Naisuhingud, lk 76
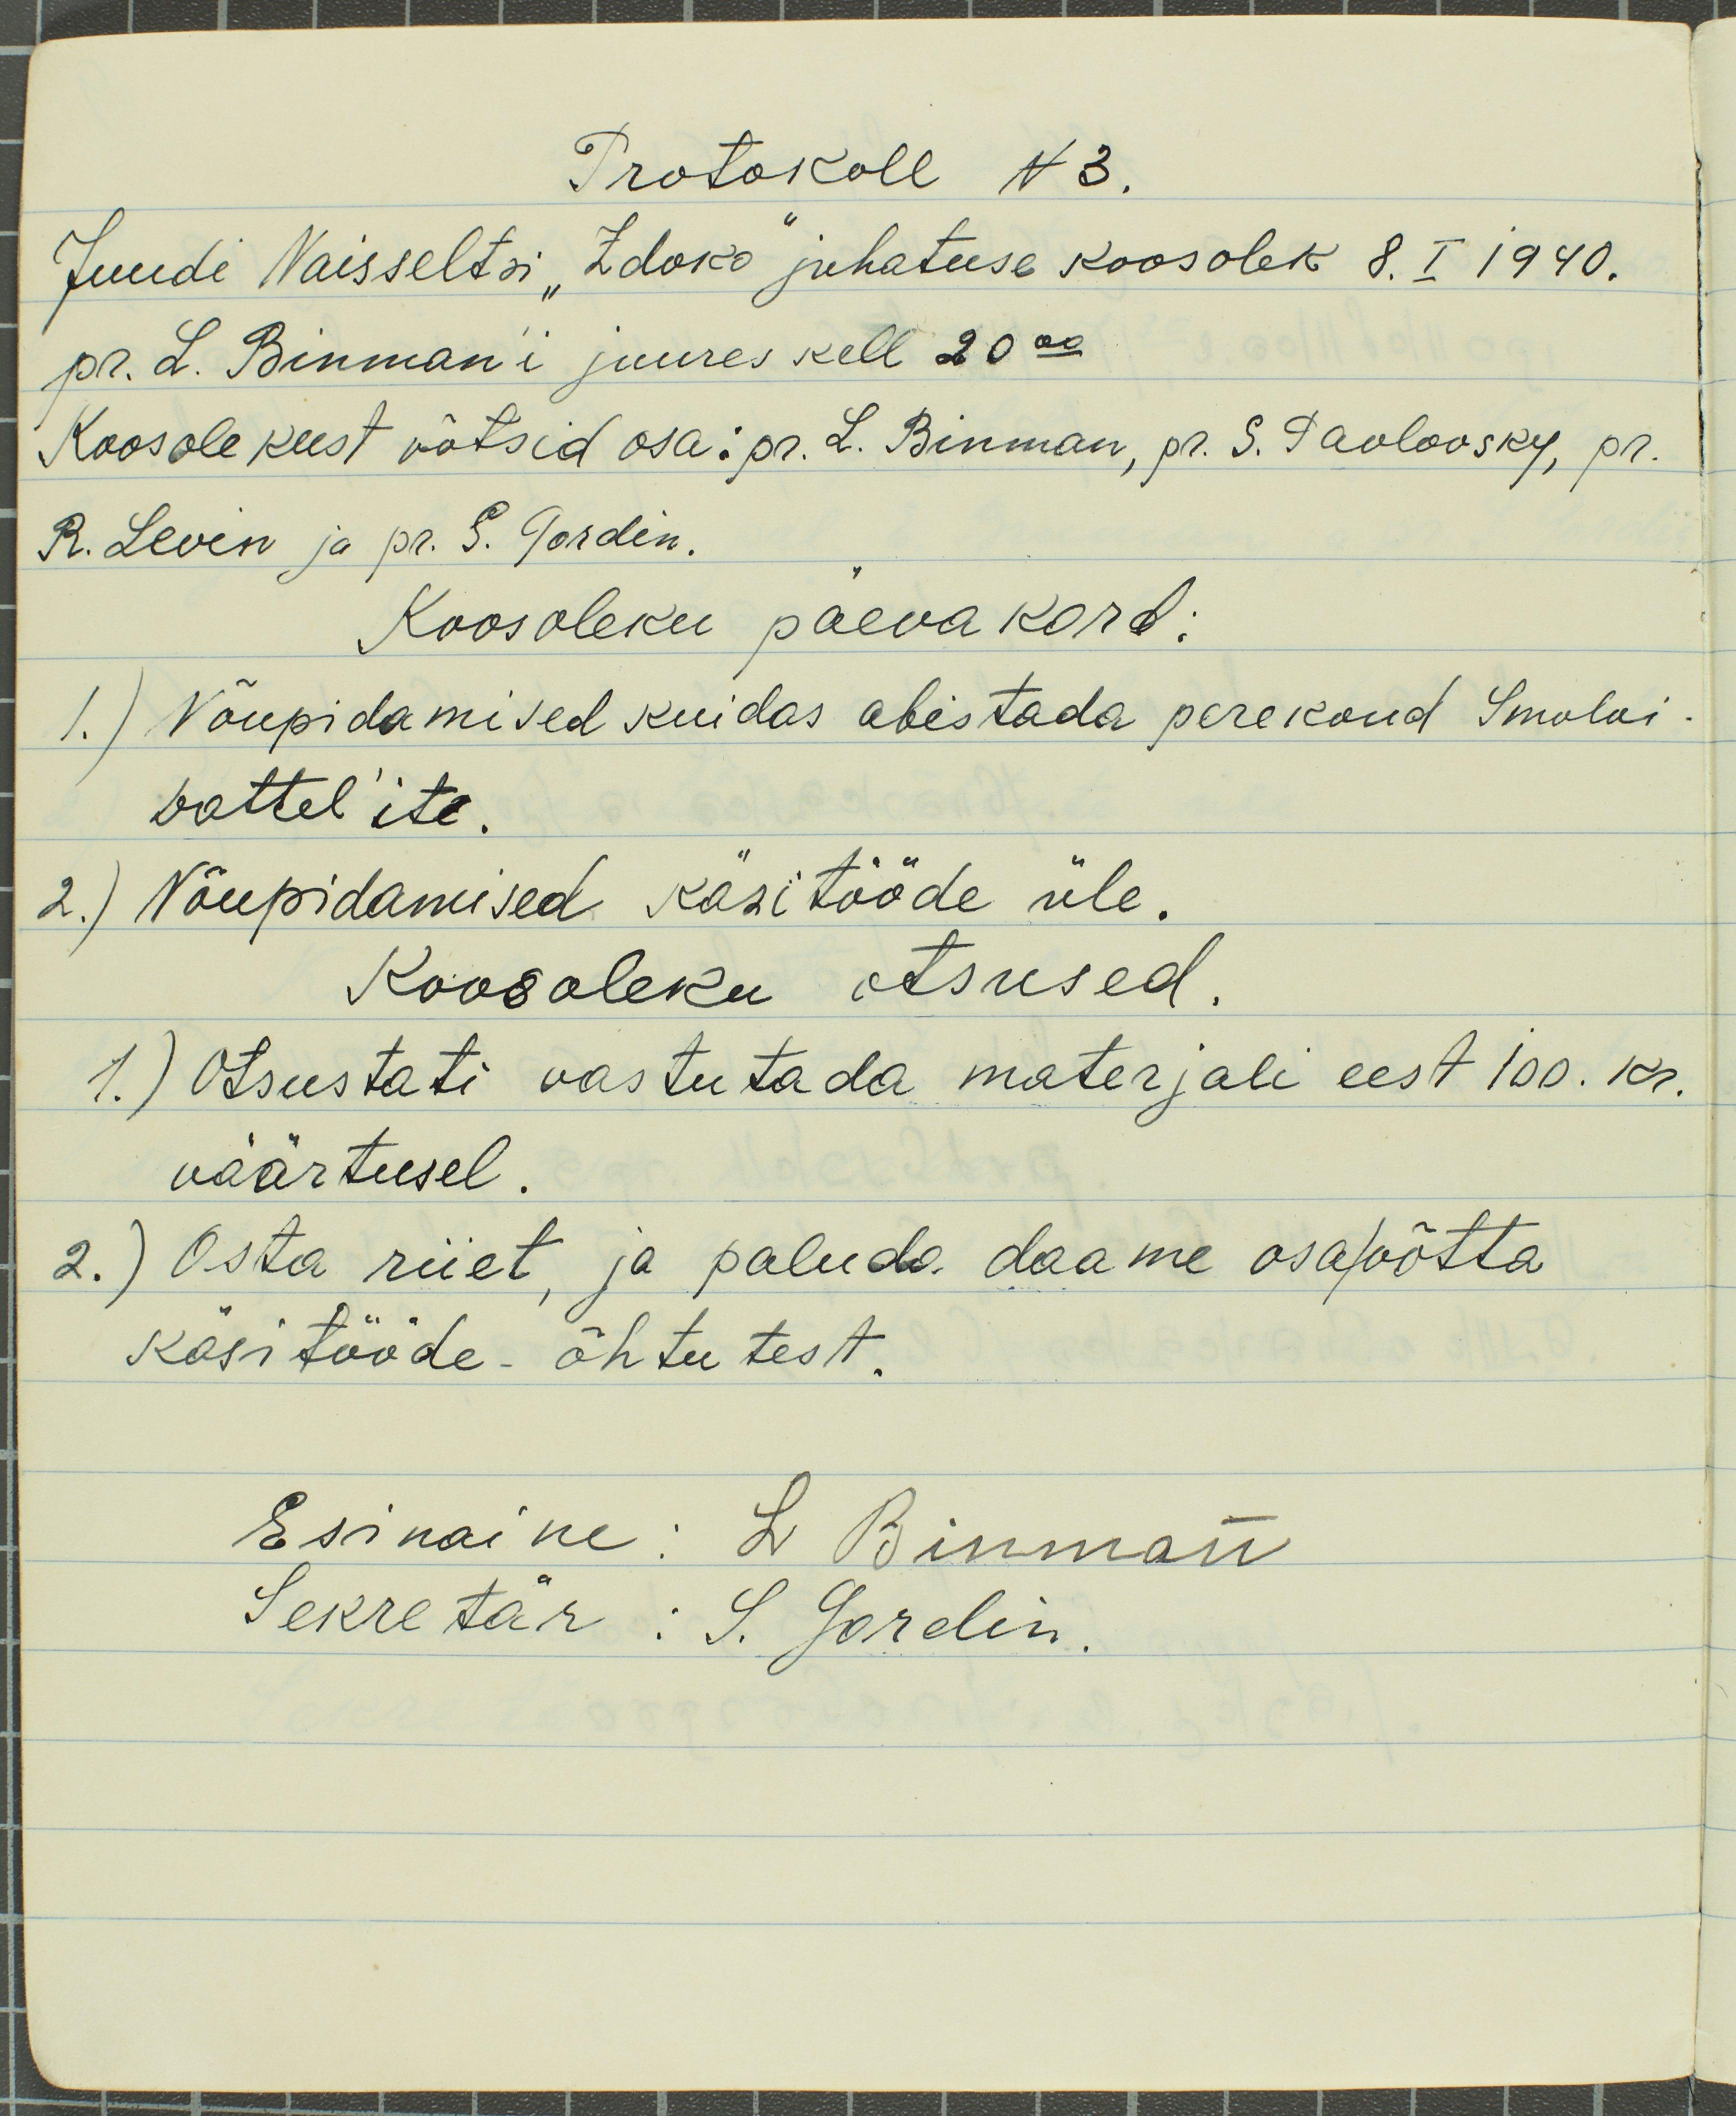
Protokoll N3.
Juudi Naisseltsi "Zdoko" juhatuse koosolek 8. I 1940.
pr. L. Binman'i juures kell 20.00
Koosolekust võtsid osa: pr. L. Binman, pr. S. Pavlovsky, Pr.
R. Levin ja pr. S. Gordin.
Koosoleku päevakord:
1.) Nõupidamised kuidas abistada perekond Smoloi-
battel`ite.
2.) Nõupidamised käsitööde üle.
Koosoleku otsused
1.) Otsustati vastutada materjali eest 100. kr.
väärtusel.
2.) Osta riiet, ja paluda daame osa/õtta
kasitööde õhtutest.
Esinaine: L. Binman
Sekretär: S. Gordin.